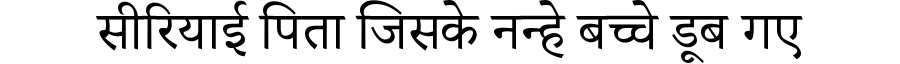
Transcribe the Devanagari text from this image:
सीरियाई पिता जिसके नन्हे बच्चे डूब गए